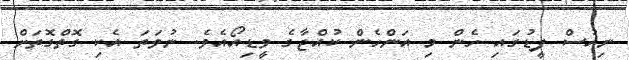
ނިއުސް ފީޑުގައި ހެން މި އަންހެންް ކުއްޖާގެ ވީޑިއޯއެވެ. ނުވަތަ އެކި ގޮތްގޮތަށް